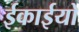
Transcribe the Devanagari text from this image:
ईकाईयो